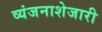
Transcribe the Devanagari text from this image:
व्यंजनाशेजारी